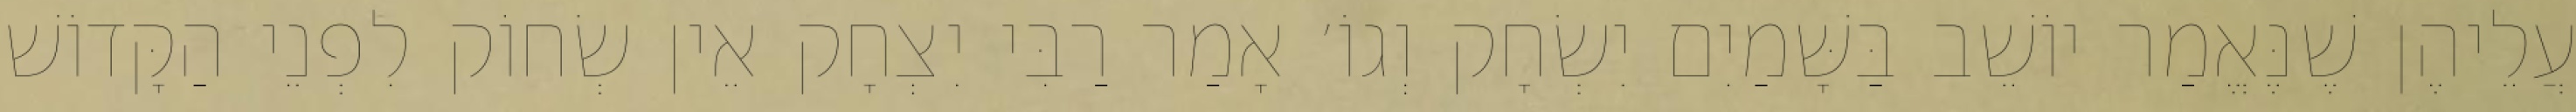
עֲלֵיהֶן שֶׁנֶּאֱמַר יוֹשֵׁב בַּשָּׁמַיִם יִשְׂחָק וְגוֹ׳ אָמַר רַבִּי יִצְחָק אֵין שְׂחוֹק לִפְנֵי הַקָּדוֹשׁ